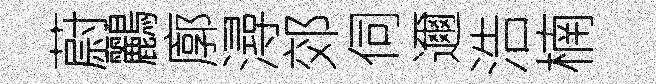
蔚鸝廓潯郊伺邇浩楠